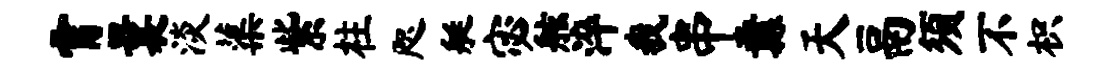
霄曩淡蕖紫柱咫艇宓舷淬我串纛天鬲须不枳